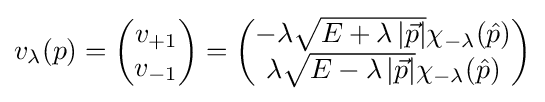
v_{\lambda }(p)={\begin{pmatrix}v_{+1}\\v_{-1}\end{pmatrix}}={\begin{pmatrix}-\lambda {\sqrt {E+\lambda \left|{\vec {p}}\right|}}\chi _{-\lambda }({\hat {p}})\\\lambda {\sqrt {E-\lambda \left|{\vec {p}}\right|}}\chi _{-\lambda }({\hat {p}})\end{pmatrix}}